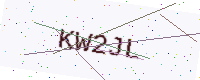
Text: KW2JL